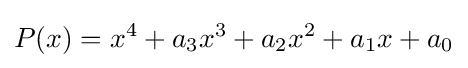
P(x)=x^{4}+a_{3}x^{3}+a_{2}x^{2}+a_{1}x+a_{0}